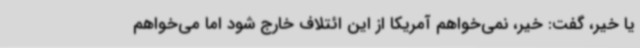
یا خیر، گفت: خیر، نمی‌خواهم آمریکا از این ائتلاف خارج شود اما می‌خواهم